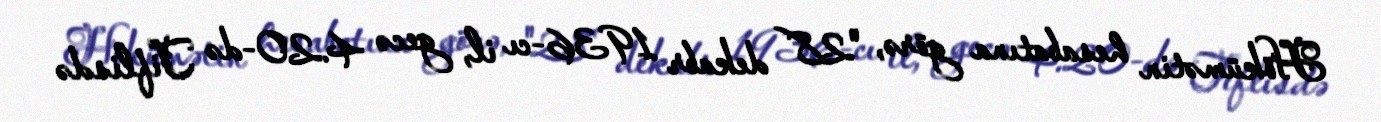
Hökümətin hesabatına görə, "28 dekabr 1936-cı il, gecə 4.20-də Tiflisdə